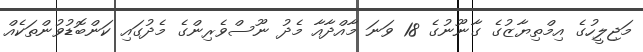
މަޖިލީހުގެ އިމްތިޔާޒުގެ ގާނޫނުގެ 18 ވަނަ މާއްދާއާ މެދު ނޫސްވެރިންގެ މެދުގައި ކަންބޮޑުވުންތަކެއް